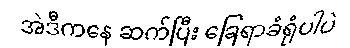
အဲဒီကနေ ဆက်ပြီး ခြေရာခံရုံပါပဲ